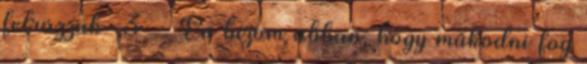
felrázzuk =3 - Én bízom abban, hogy működni fog